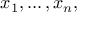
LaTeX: x _ { 1 } , \dots , x _ { n } ,